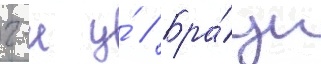
г-н у́ // Бра́ун